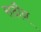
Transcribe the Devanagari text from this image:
सदौन